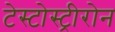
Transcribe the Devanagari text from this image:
टेस्टोस्ट्रीरोन